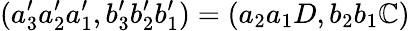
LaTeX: (a_{3}^{\prime}a_{2}^{\prime}a_{1}^{\prime},b_{3}^{\prime}b_{2}^{\prime}b_{1}^{\prime})=(a_{2}a_{1}D,b_{2}b_{1}\mathbb{C})